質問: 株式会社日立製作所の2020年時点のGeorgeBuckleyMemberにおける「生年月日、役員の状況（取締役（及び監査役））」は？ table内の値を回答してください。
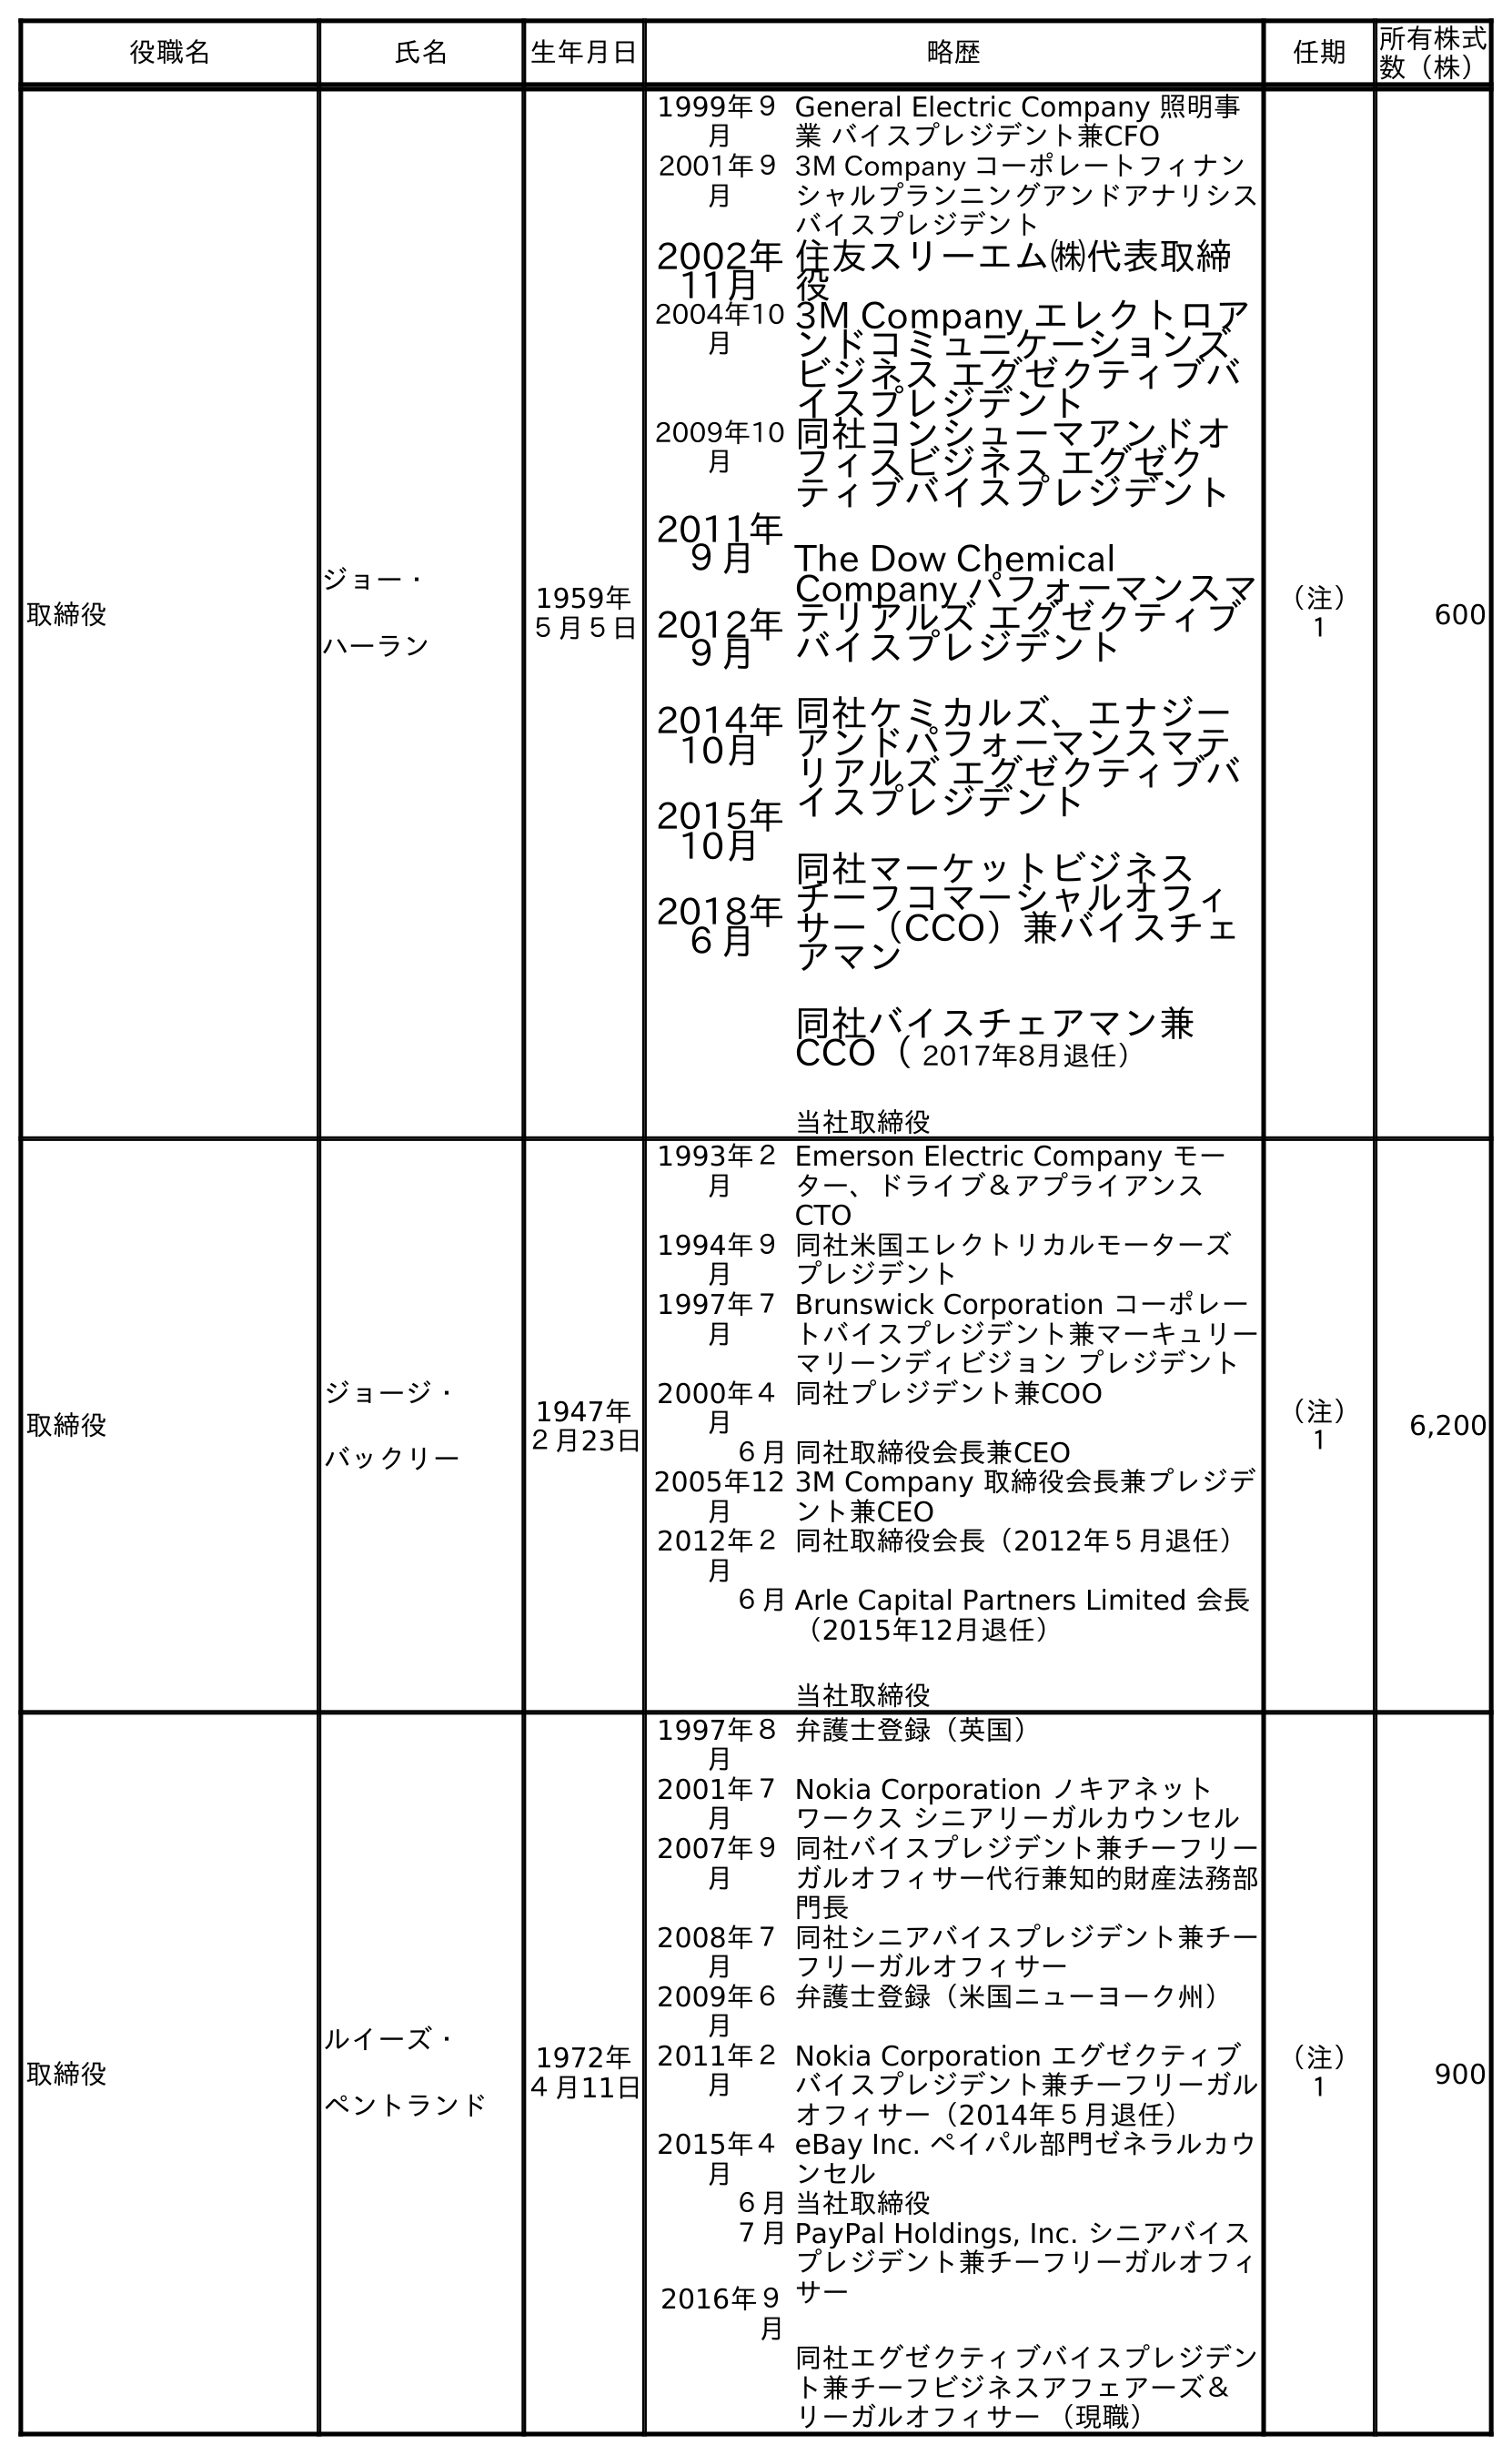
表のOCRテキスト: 役職名 氏名 生年月日 略歴 任期 所有株式 数（株） 取締役 ジョー・ ハーラン 1959年 ５月５日 1999年９ 月 General Electric Company 照明事 業 バイスプレジデント兼CFO 2001年９ 月 3M Company コーポレートフィナン シャルプランニングアンドアナリシス バイスプレジデント 2002年 11月 住友スリーエム㈱代表取締 役 2004年10 月 3M Company エレクトロア ンドコミュニケーションズ ビジネス エグゼクティブバ イスプレジデント 2009年10 月 2011年 ９月 2012年 ９月 2014年 10月 2015年 10月 2018年 ６月 同社コンシューマアンドオ フィスビジネス エグゼク ティブバイスプレジデント The Dow Chemical Company パフォーマンスマ テリアルズ エグゼクティブ バイスプレジデント 同社ケミカルズ、エナジー アンドパフォーマンスマテ リアルズ エグゼクティブバ イスプレジデント 同社マーケットビジネス チーフコマーシャルオフィ サー（CCO）兼バイスチェ アマン 同社バイスチェアマン兼 CCO（ 2017年8月退任） 当社取締役 （注） １ 600 取締役 ジョージ・ バックリー 1947年 ２月23日 1993年２ 月 Emerson Electric Company モー ター、ドライブ＆アプライアンス CTO 1994年９ 月 同社米国エレクトリカルモーターズ プレジデント 1997年７ 月 Brunswick Corporation コーポレー トバイスプレジデント兼マーキュリー マリーンディビジョン プレジデント 2000年４ 月 同社プレジデント兼COO ６月同社取締役会長兼CEO 2005年12 月 3M Company 取締役会長兼プレジデ ント兼CEO 2012年２ 月 同社取締役会長（2012年５月退任） ６月Arle Capital Partners Limited 会長 （2015年12月退任） 当社取締役 （注） １ 6,200 取締役 ルイーズ・ ペントランド 1972年 ４月11日 1997年８ 月 弁護士登録（英国） 2001年７ 月 Nokia Corporation ノキアネット ワークス シニアリーガルカウンセル 2007年９ 月 同社バイスプレジデント兼チーフリー ガルオフィサー代行兼知的財産法務部 門長 2008年７ 月 同社シニアバイスプレジデント兼チー フリーガルオフィサー 2009年６ 月 弁護士登録（米国ニューヨーク州） 2011年２ 月 Nokia Corporation エグゼクティブ バイスプレジデント兼チーフリーガル オフィサー（2014年５月退任） 2015年４ 月 eBay Inc. ペイパル部門ゼネラルカウ ンセル ６月当社取締役 ７月 2016年９ 月 PayPal Holdings, Inc. シニアバイス プレジデント兼チーフリーガルオフィ サー 同社エグゼクティブバイスプレジデン ト兼チーフビジネスアフェアーズ＆ リーガルオフィサー （現職） （注） １ 900
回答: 1947年 ２月23日